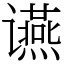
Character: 䜩